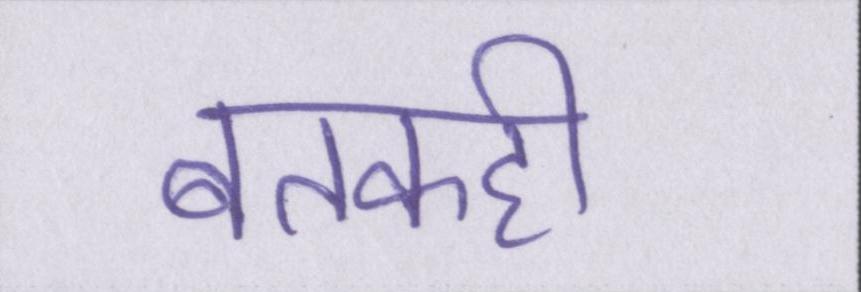
बतकही